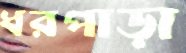
ধরপাড়া